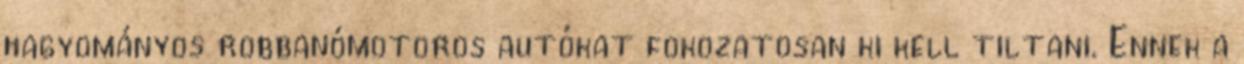
hagyományos robbanómotoros autókat fokozatosan ki kell tiltani. Ennek a